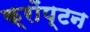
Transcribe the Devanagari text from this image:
क्रोंप्टन